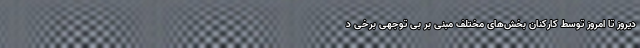
دیروز تا امروز توسط کارکنان بخش‌های مختلف مبنی بر بی توجهی برخی د